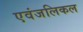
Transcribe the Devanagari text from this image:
एवंजलिकल